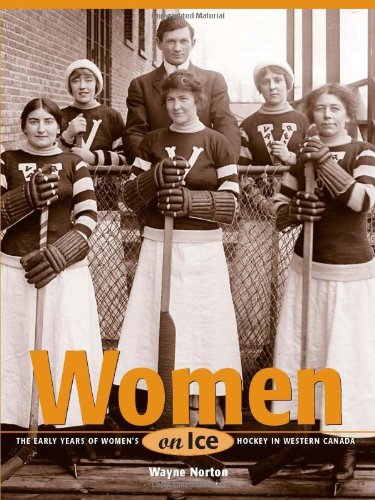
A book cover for Women on Ice: The Early Years of Women's Hockey in Western Canada; Wayne Norton; Sports & Outdoors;